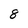
Character: 8